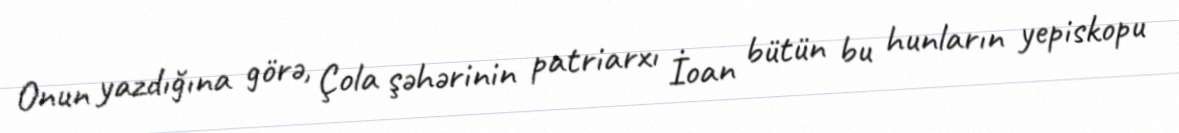
Onun yazdığına görə, Çola şəhərinin patriarxı İoan bütün bu hunların yepiskopu